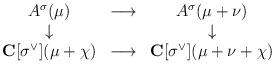
LaTeX: \begin{align*}\begin{array}{ccc}A^{\sigma}(\mu) & \longrightarrow & A^{\sigma}(\mu + \nu) \\\downarrow & \, & \downarrow \\{\bf C}[\sigma^{\vee}](\mu + \chi) & \longrightarrow & {\bf C}[\sigma^{\vee}](\mu + \nu + \chi)\end{array}\end{align*}